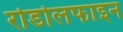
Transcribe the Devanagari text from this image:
रोडोलफाइन